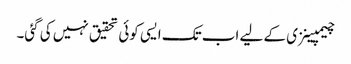
چیمپینزی کے لیے اب تک ایسی کوئی تحقیق نہیں کی گئی۔